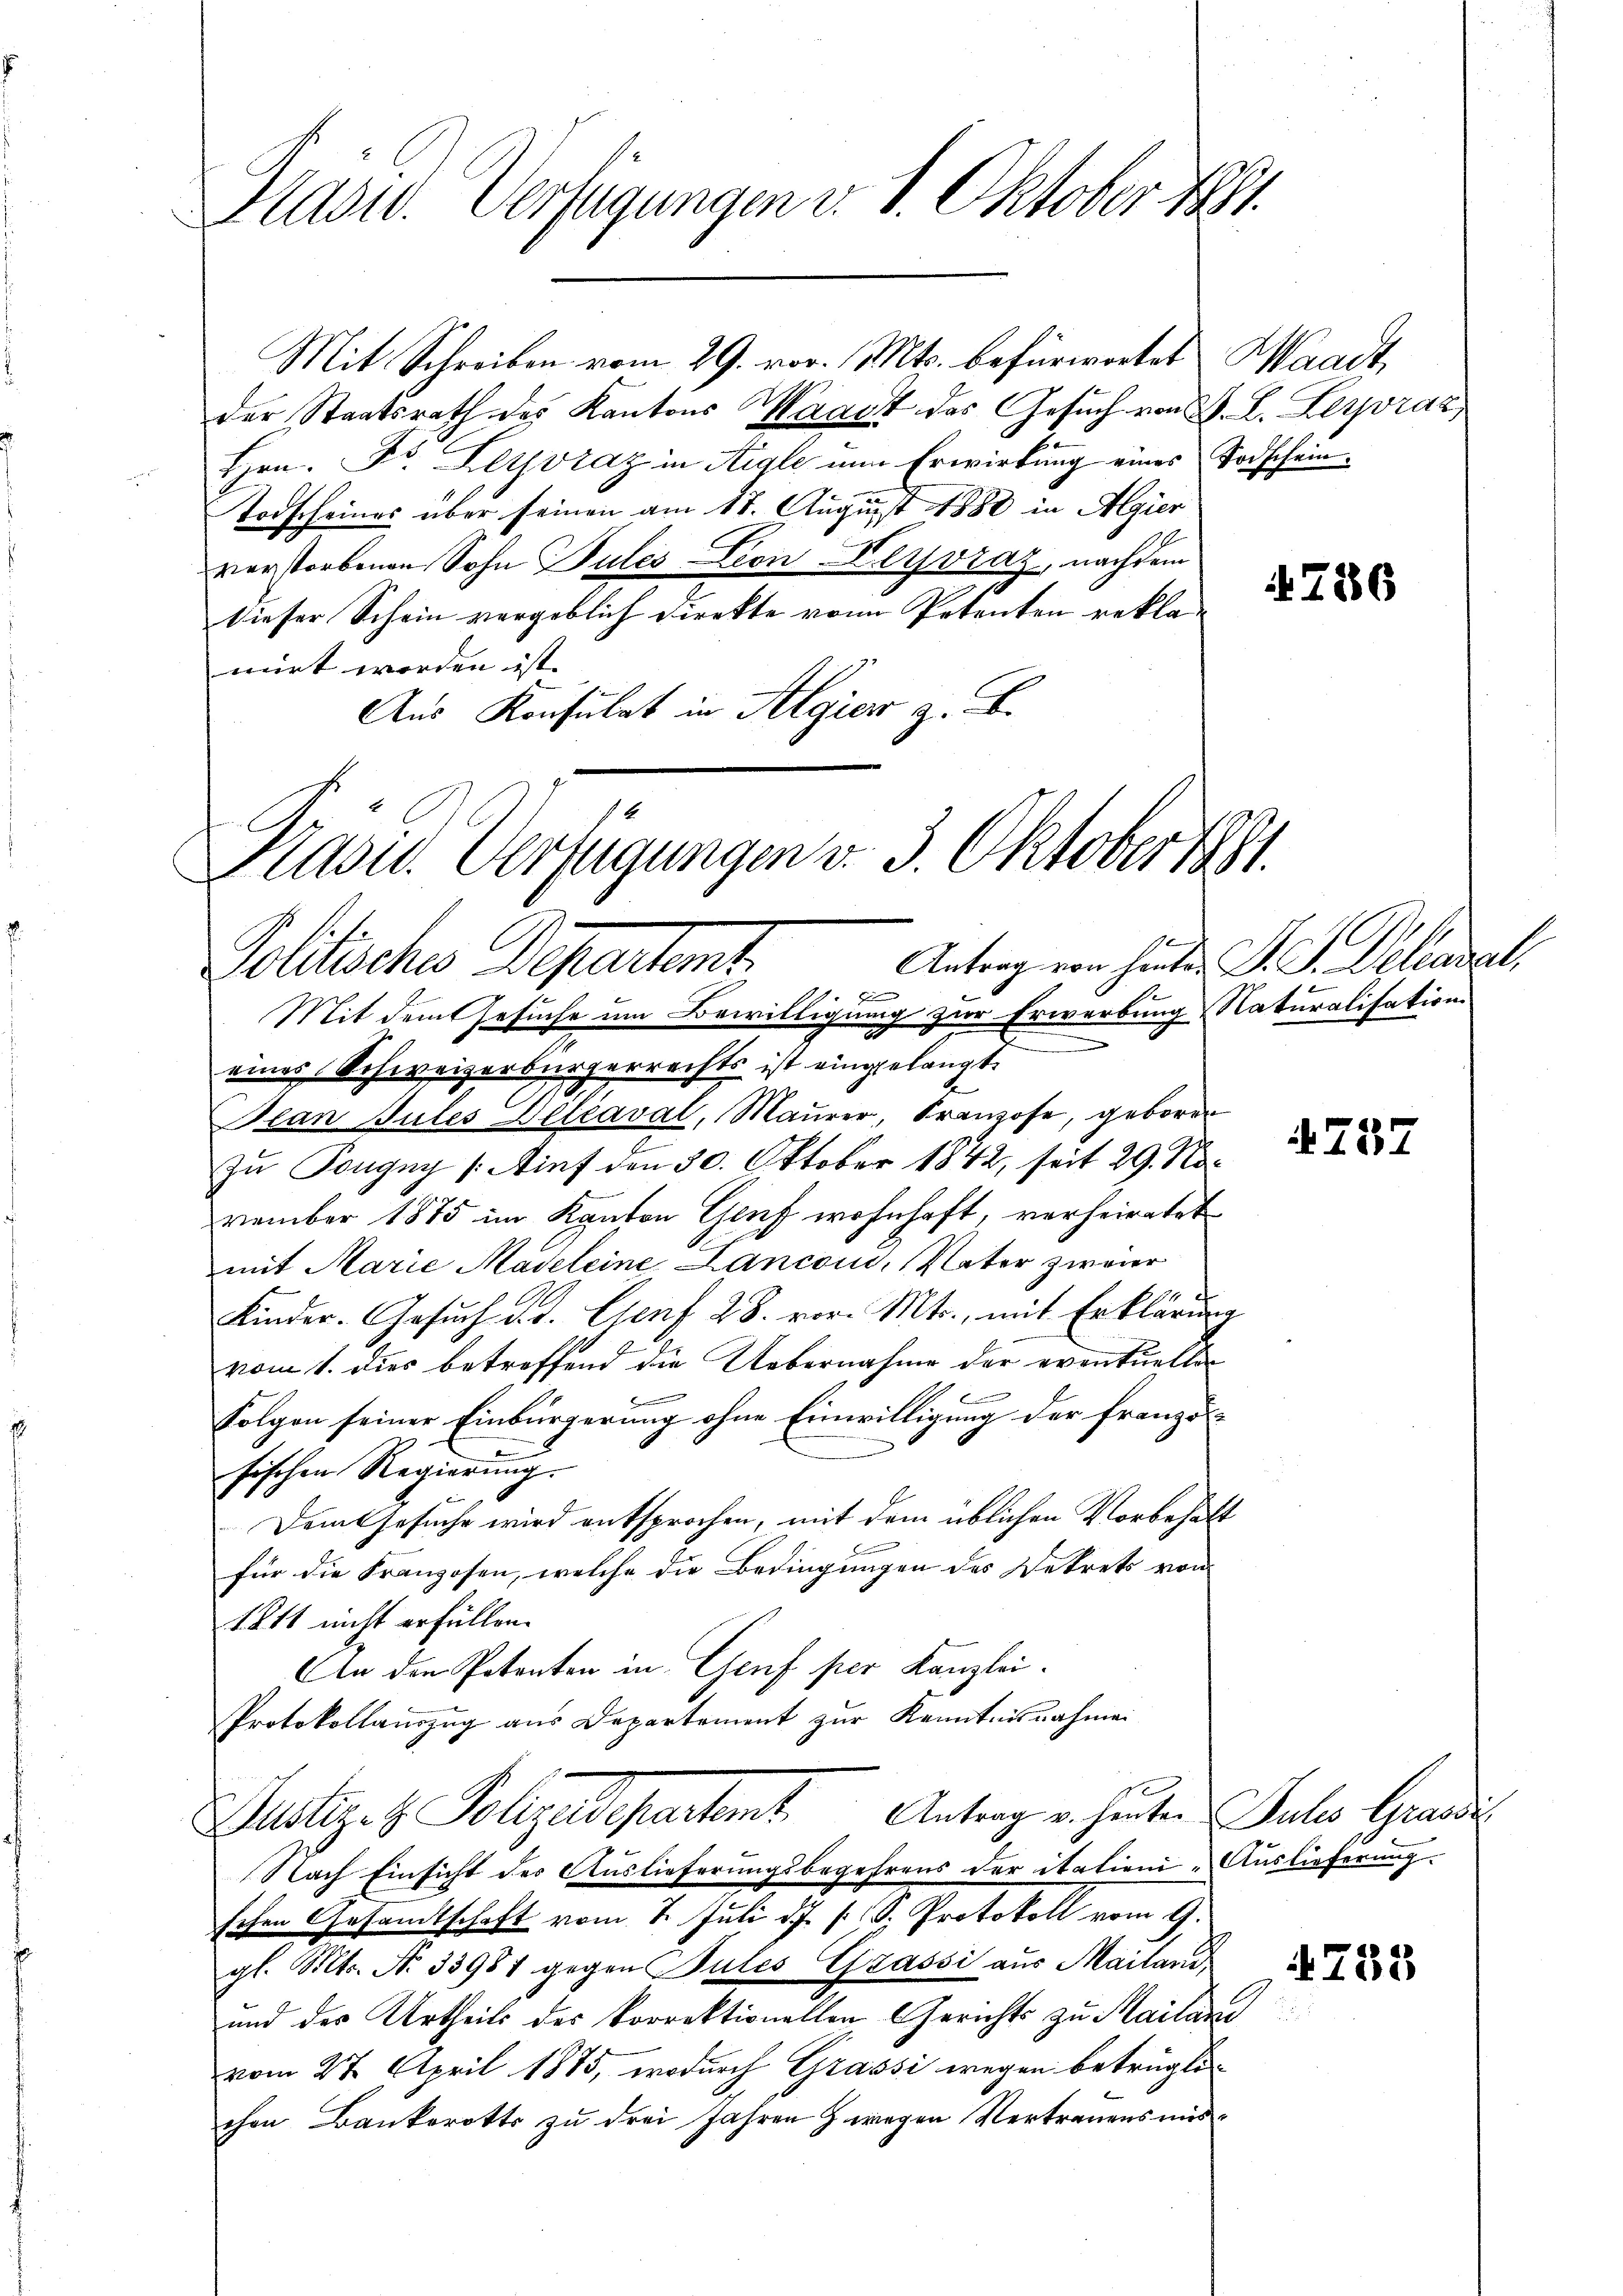
Präsid. Verfügungen v. 1. Oktober 1891.

Präsid. Verfügungen v. 3. Oktober 1881.
Antrag von hinter J. G. Delianal,
Politische Departent

Mit Schreiben vom 29. vor. Mts. befürwortet Waadt,
der Staatsrath des Kantons Waadt des Gesuch von F. L. Legraz,
Hrn. Fr. Leyvraz in Aigle nun Erwirkung eines Todschein¬
Todscheines über seinen am 17. August 1888 in Algier
verstorbenen Sohn Pules-Lion Heyvraz, nachdem
dieser Schein vergeblich Direkte von Petenten reklamirt worden ist. |
Aus Konsulat in Algier z. B.

18
Mit dem Gesuche um Bewilligung zur Erwerbung Naturalisation
eines Schweizerbürgerrechts ist eingelangt.
Scan Gutes Betraval, Maurer, Franzose, geboren
zu Pongny (Auf den 30. Oktober 1842, seit 29. November 1875 im Kanton Genf wohnhaft, verheiratet
mit Marie Madeleine Lanconi, Vater zweier
14
Kinder. Gesuch d. d. Genf 28. vor. Mts., mit Erklärung
vom 1. Dies betreffend die Uebernahme der eventuellen
.
folgen seiner Einbürgerung ohne Einwilligung der Französ
sischen Regierung.
Dem Gesuche wird entsprochen, mit dem üblichen Vorbehalt
für die Franzosen, welche die Bedingungen des Dekrets von
1211 nicht erfüllen.
An den Petenten in Genf per Kanzlei.
Protokollauszug aus Departement zur Kenntnisnahmen
Justiz- & Polizedepartemt. Antrag v. heuten Julio Grandi
Nach Einsicht des Auslieferungsbegehrens der itationi Auslieferung.
schen Gesandtschaft vom 2. Juli d. J. J. Protokoll vom 9.
gl. Mts. No 33987 gegen Pules Grassi aus Mailand,
und des Urtheils des korrektionellen Gerichts zu Mailan
vom 27. April 1875, wodurch Grassi wegen betrügli
chen Bankerotts zu drei Jahren z wegen Vertrauensmis¬

786

4787

755